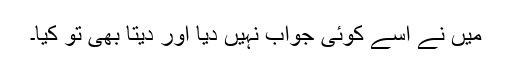
میں نے اسے کوئی جواب نہیں دیا اور دیتا بھی تو کیا۔